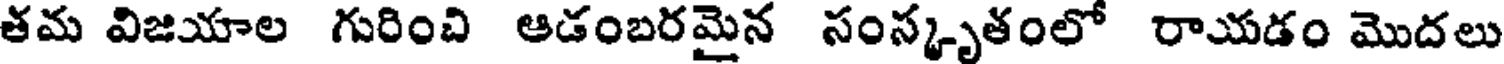
తమ విజయాల గురించి ఆడంబరమైన సంస్కృతంలో రాయడం మొదలు